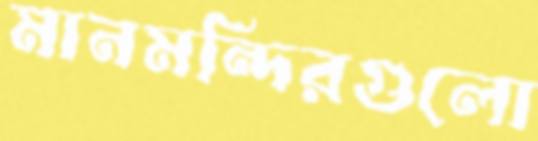
মানমন্দিরগুলো